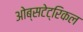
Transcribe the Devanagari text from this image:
ओब्सटेट्रिकल